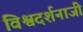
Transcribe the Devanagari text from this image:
विश्वदर्शनाजी